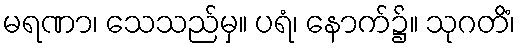
မရဏာ၊ သေသည်မှ။ ပရံ၊ နောက်၌။ သုဂတိံ၊